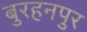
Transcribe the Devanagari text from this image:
बुरहनपुर